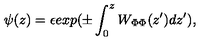
\psi ( z ) = \epsilon e x p ( \pm \int _ { 0 } ^ { z } W _ { \Phi \Phi } ( z ^ { \prime } ) d z ^ { \prime } ) ,